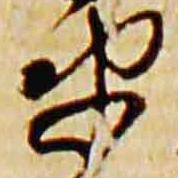
衛